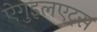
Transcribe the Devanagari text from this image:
ऐगुइलएट्स